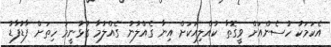
އެކަމަކު ހުސެންއަށް ވީގޮތާ ކުއްލިއަކަށް އިނާ ގެއްލުނު ގެއްލުމާ ގުޅުނީމަ ހިތަށް ފާޑުފާޑު